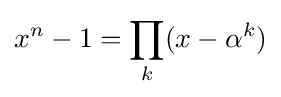
x^{n}-1=\prod _{k}(x-\alpha ^{k})